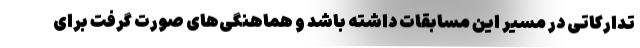
تدارکاتی در مسیر این مسابقات داشته باشد و هماهنگی‌های صورت گرفت برای